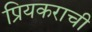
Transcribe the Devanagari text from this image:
प्रियकराची